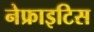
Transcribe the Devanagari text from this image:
नेफ्राइटिस